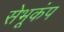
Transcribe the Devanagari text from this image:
सेभूकंप